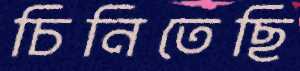
চিনিতেছি